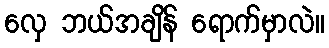
လှေ ဘယ်အချိန် ရောက်မှာလဲ။